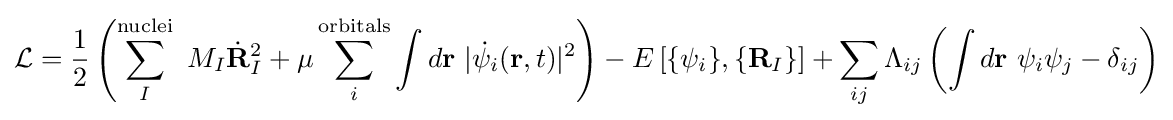
{\mathcal {L}}={\frac {1}{2}}\left(\sum _{I}^{\mathrm {nuclei} }\ M_{I}{\dot {\mathbf {R} }}_{I}^{2}+\mu \sum _{i}^{\mathrm {orbitals} }\int d\mathbf {r} \ |{\dot {\psi }}_{i}(\mathbf {r} ,t)|^{2}\right)-E\left[\{\psi _{i}\},\{\mathbf {R} _{I}\}\right]+\sum _{ij}\Lambda _{ij}\left(\int d\mathbf {r} \ \psi _{i}\psi _{j}-\delta _{ij}\right)